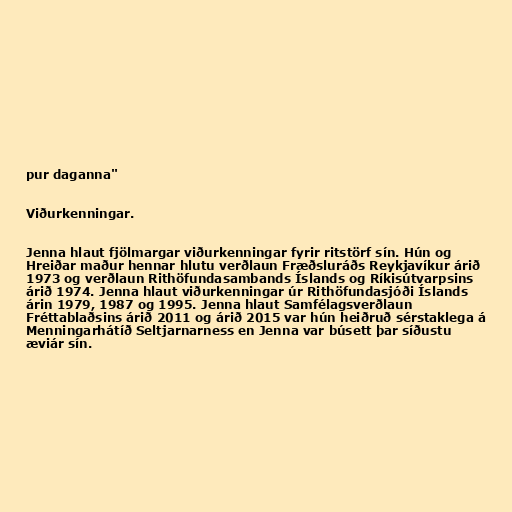
pur daganna"

Viðurkenningar.

Jenna hlaut fjölmargar viðurkenningar fyrir ritstörf sín. Hún og
Hreiðar maður hennar hlutu verðlaun Fræðsluráðs Reykjavíkur árið
1973 og verðlaun Rithöfundasambands Íslands og Ríkisútvarpsins
árið 1974. Jenna hlaut viðurkenningar úr Rithöfundasjóði Íslands
árin 1979, 1987 og 1995. Jenna hlaut Samfélagsverðlaun
Fréttablaðsins árið 2011 og árið 2015 var hún heiðruð sérstaklega á
Menningarhátíð Seltjarnarness en Jenna var búsett þar síðustu
æviár sín.